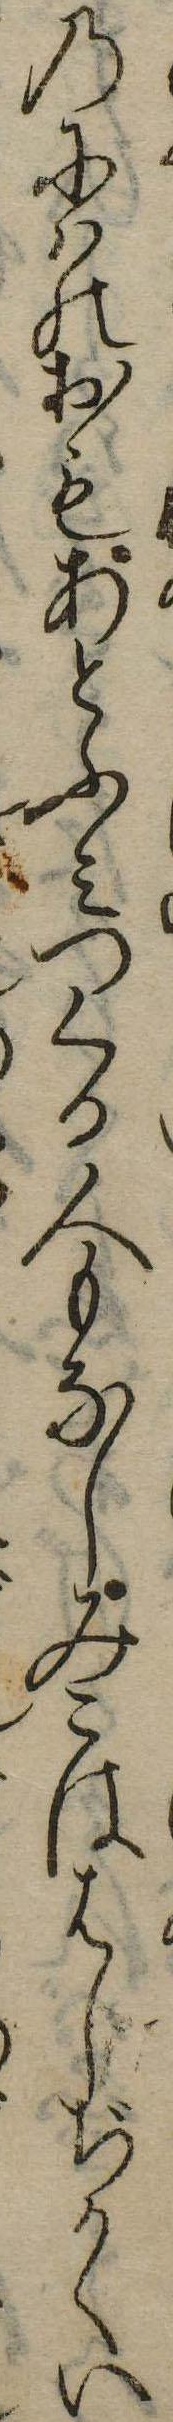
のにはのおもあとふみつくる人もなしみこははしぢかくい